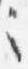
之